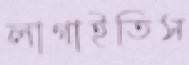
লাগাইতিস